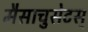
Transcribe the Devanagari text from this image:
मैसाचुसेटस्